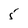
Character: 5